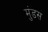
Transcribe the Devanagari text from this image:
मुंडस